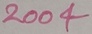
Text: 2004